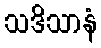
သဒိသာနံ